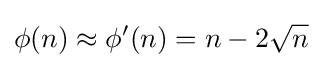
\phi (n)\approx \phi '(n)=n-2{\sqrt {n}}